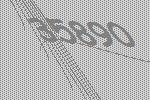
35890